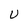
Character: U